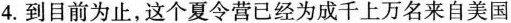
4.到目前为止,这个夏令营已经为成千上万名来自美国